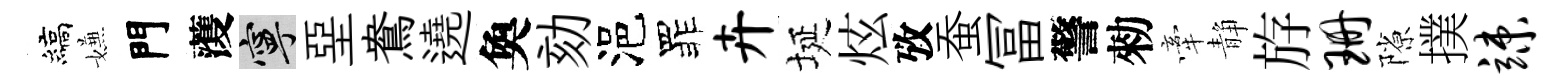
縞嫌門𮑮寧堊鴦遶奐劾浥罪卉埏炫攷蚕冨警勑牽静斿珊隙撲竦